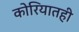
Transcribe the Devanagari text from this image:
कोरियातही